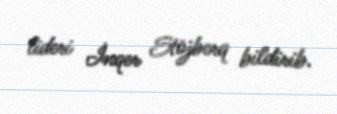
lideri İnqer Stöjberq bildirib.